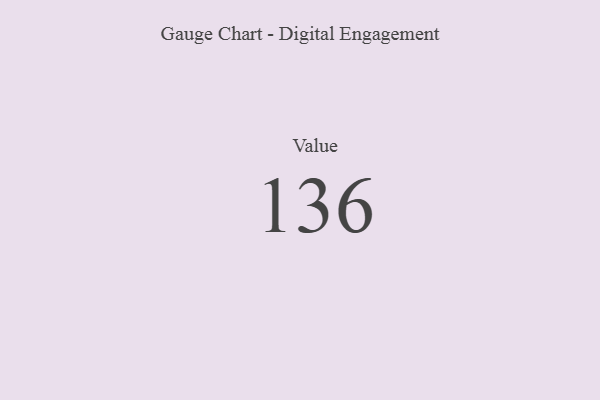
{"axis": {"x": "Metric", "y": "Value"}, "legend": [""], "data": [{"x": "Value", "y": 136, "type": ""}]}